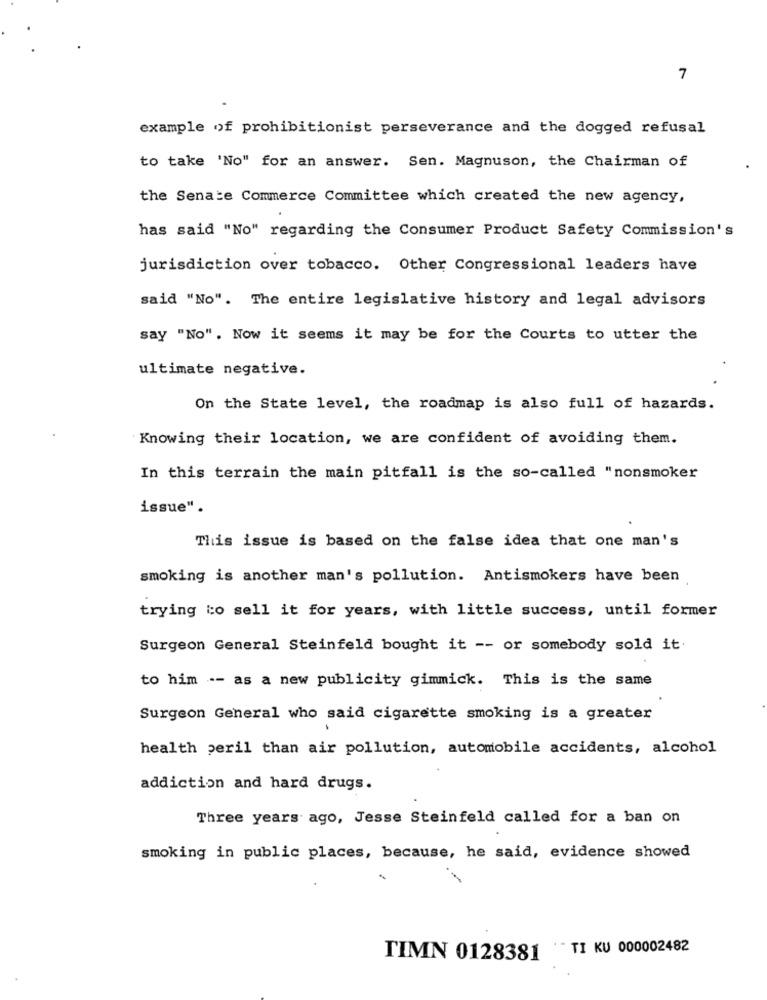
7
example of prohibitionist perseverance and the dogged refusal
to take 'No" for an answer. Sen. Magnuson, the Chairman of
the Senate Commerce Committee which created the new agency,
has said "No" regarding the Consumer Product Safety Commission's
jurisdiction over tobacco. Other Congressional leaders have
said "No". The entire legislative history and legal advisors
say "No". Now it seems it may be for the Courts to utter the
ultimate negative.
On the State level, the roadmap is also full of hazards.
Knowing their location, we are confident of avoiding them.
In this terrain the main pitfall is the so-called "nonsmoker
issue".
This issue is based on the false idea that one man's
smoking is another man's pollution. Antismokers have been
trying to sell it for years, with little success, until former
Surgeon General Steinfeld bought it -- or somebody sold it.
to him -- as a new publicity gimmick. This is the same
Surgeon General who said cigarette smoking is a greater
health peril than air pollution, automobile accidents, alcohol
addiction and hard drugs.
Three years ago, Jesse Steinfeld called for a ban on
smoking in public places, because, he said, evidence showed
TIMN 0128381 TI KU 000002482